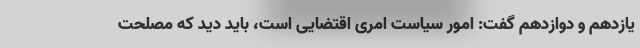
یازدهم و دوازدهم گفت: امور سیاست امری اقتضایی است، باید دید که مصلحت